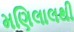
મણિલાલથી